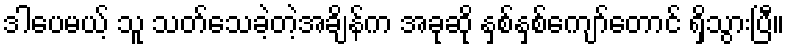
ဒါပေမယ့် သူ သတ်သေခဲ့တဲ့အချိန်က အခုဆို နှစ်နှစ်ကျော်တောင် ရှိသွားပြီ။